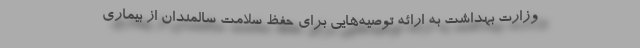
وزارت بهداشت به ارائه توصیه‌هایی برای حفظ سلامت سالمندان از بیماری